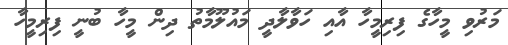
މަރުވި މީހާގެ ފިރިމީހާ އާއި ހަވާލާދީ މައުލޫމާތު ދިން މީހާ ބުނީ ފިރިމީހާ